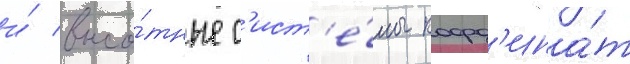
и́ высо́тные с'ист'е́мы коорд'ина́т